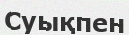
Суықпен